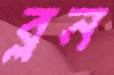
ব্লন